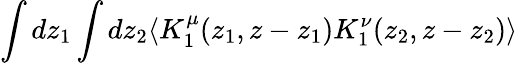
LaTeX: \int dz_{1}\int dz_{2}\langle K_{1}^{\mu}(z_{1},z-z_{1})K_{1}^{\nu}(z_{2},z-z_{2})\rangle